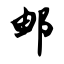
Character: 邮